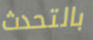
بالتحدث